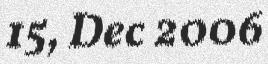
15, Dec 2006